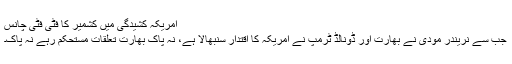
امریکہ کشیدگی میں کشمیر کا فٹی فٹی چانس
جب سے نریندر مودی نے بھارت اور ڈونالڈ ٹرمپ نے امریکہ کا اقتدار سنبھالا ہے، نہ پاک بھارت تعلقات مستحکم رہے نہ پاک۔